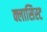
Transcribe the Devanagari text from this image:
क्लासिस्ट